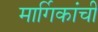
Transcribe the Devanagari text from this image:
मार्गिकांची